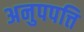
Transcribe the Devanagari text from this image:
अनुपपत्ति